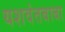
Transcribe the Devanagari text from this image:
यशवंतबाबा